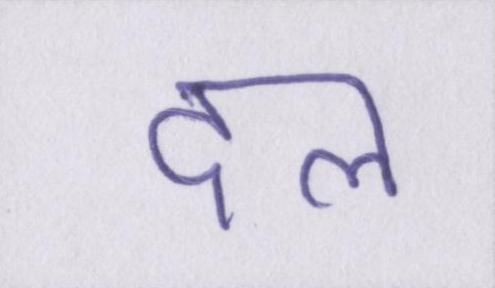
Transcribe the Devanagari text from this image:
दल